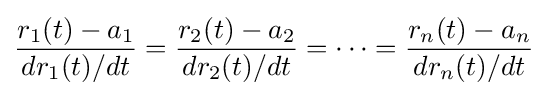
{\frac {r_{1}(t)-a_{1}}{dr_{1}(t)/dt}}={\frac {r_{2}(t)-a_{2}}{dr_{2}(t)/dt}}=\cdots ={\frac {r_{n}(t)-a_{n}}{dr_{n}(t)/dt}}